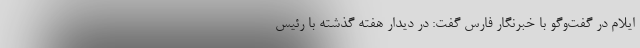
ایلام در گفت‌وگو با خبرنگار فارس گفت: در دیدار هفته گذشته با رئیس